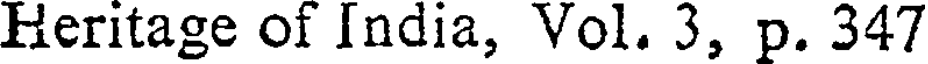
Heritage of India, Vol. 3, p. 347